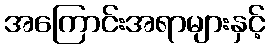
အကြောင်းအရာများနှင့်